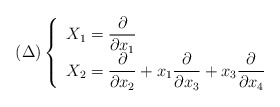
\begin{align*}(\Delta)\left \{\begin{array}{lcccl}$$X_1 =\displaystyle\frac{\partial}{\partial x_1}$$ \\$$X_2 =\displaystyle\frac{\partial}{\partial x_2}+x_1\frac{\partial}{\partial x_3}+x_3\frac{\partial}{\partial x_4}$$\end{array}\right.\end{align*}